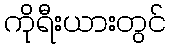
ကိုရီးယားတွင်